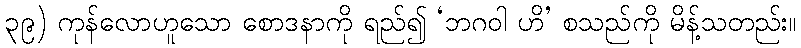
၃၉) ကုန်လောဟူသော စောဒနာကို ရည်၍ ‘ဘဂဝါ ဟိ’ စသည်ကို မိန့်သတည်း။